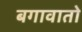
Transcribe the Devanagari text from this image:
बगावातो